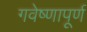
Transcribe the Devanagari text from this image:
गवेष्णापूर्ण